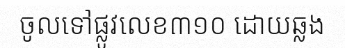
ចូលទៅផ្លូវលេខ៣១០ ដោយឆ្លង